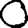
Digit: 0